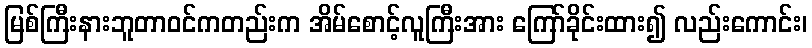
မြစ်ကြီးနားဘူတာဝင်ကတည်းက အိမ်စောင့်လူကြီးအား ကြော်ခိုင်းထား၍ လည်းကောင်း၊